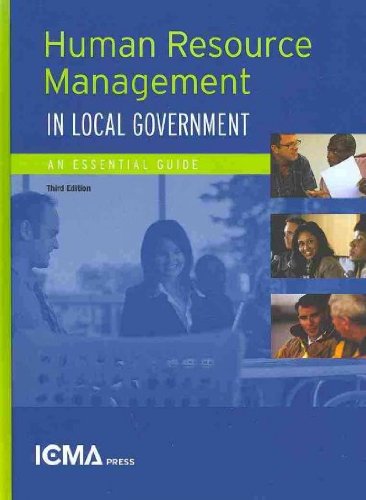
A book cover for Human Resources Management in Local Government: An Essential Guide; Business & Money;